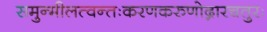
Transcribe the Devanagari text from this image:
समुन्मीलत्वन्तःकरणकरुणोद्गारचतुरः